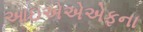
આઇએએએફના